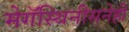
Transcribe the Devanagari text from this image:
मेगॅस्थिनीसनेही